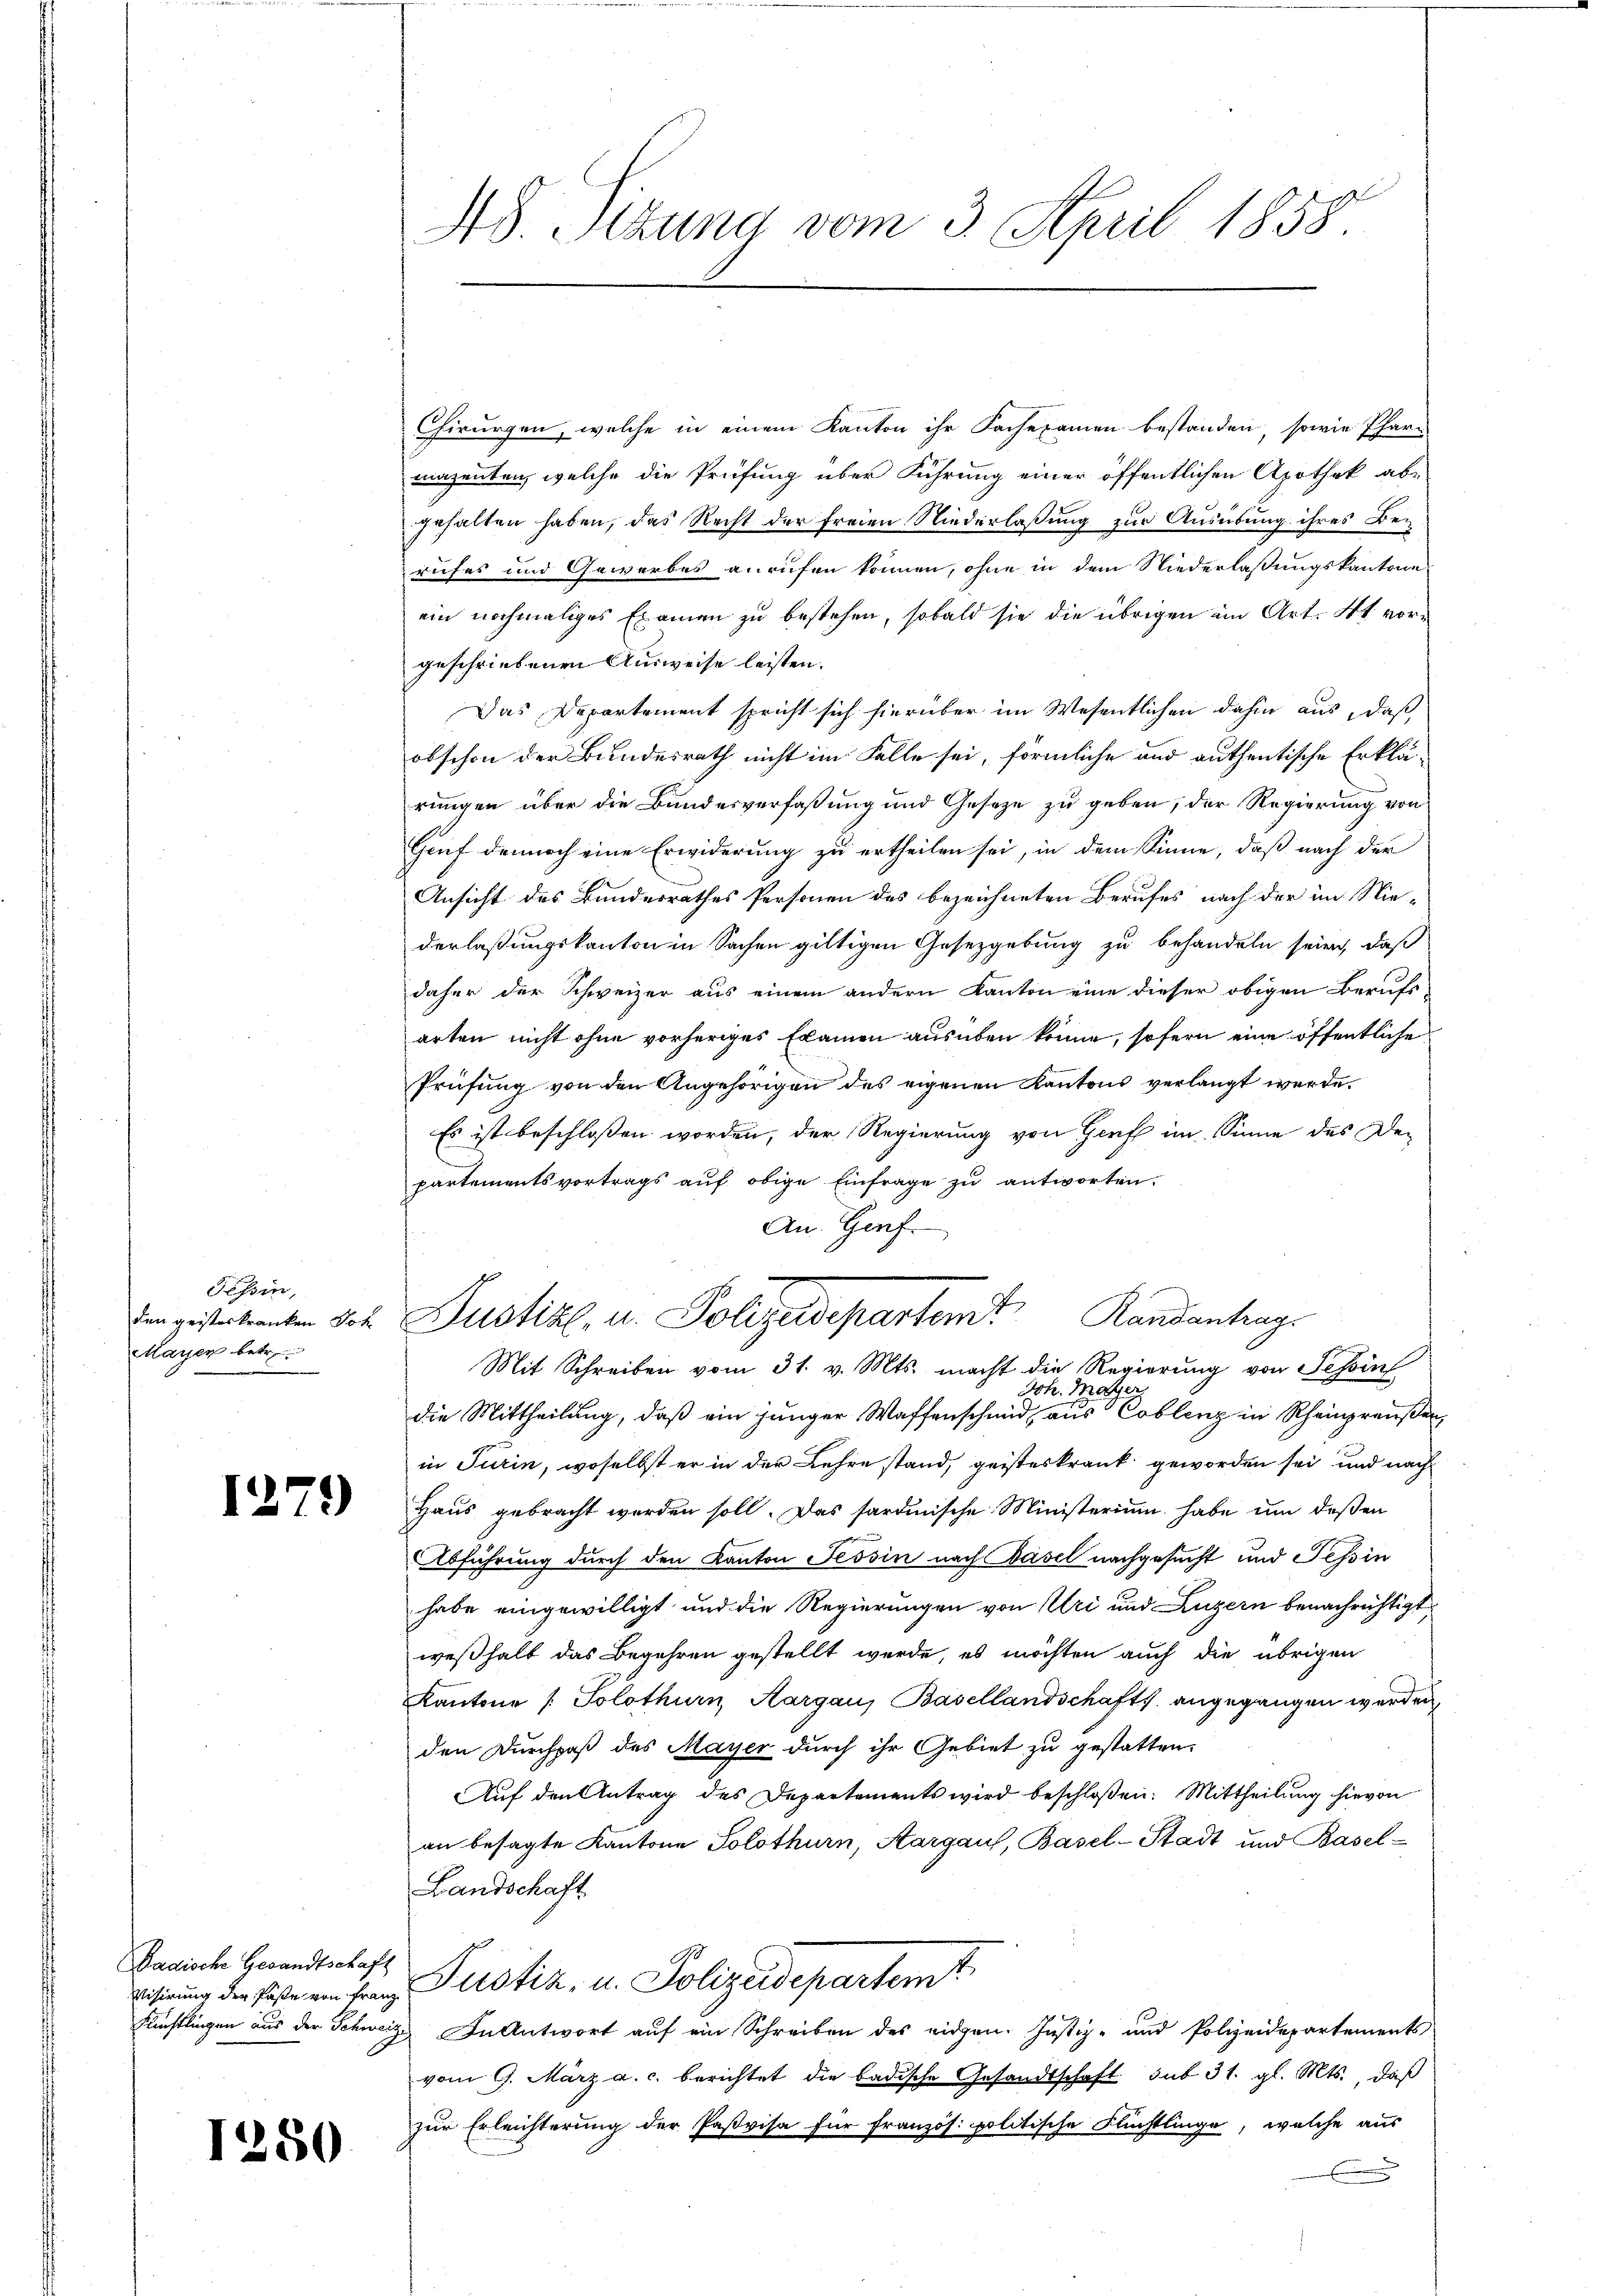
Tessin,
Mayer betr.

I.

12

179)

Badische Gesandtschaft

50

Chirurgen, welche in einem Kanton ihr Sachexamen bestanden, sowie Phar-
mazenten, welche die Prüfung über Führung einer öffentlichen Apothek abe
gehalten haben, das Recht der freien Niederlaßung zur Ausübung ihres Berufes und Gewerbes anrufen können, ohne in dem Niederlaßungskantone
ein nochmaliges Examen zu bestehen, sobald sie die übrigen im Art. 4t. vorgeschriebenen Ausweise leisten.
Das Departement spricht sich hierüber im Wesentlichen dahin aus, daß
obschon der Bundesrath nicht im Falle sei, förmliche und authentische Erklä-
rungen über die Bundesverfaßung und Gesetze zu geben, der Regierung von
Gruf dennoch eine Erwiderung zu ertheilen sei, in dem Sinne, daß nach der
Ansicht des Bundesrathes Personen des bezeichneten Berufes nach der im Niederlaßungskanton in Sachen giltigen Gesetzgebung zu behandeln seien, daß
daher der Schweizer aus einem andern Kanton eine dieser obigen Berufs
arten nicht ohne vorheriges Examen ausüben könne, sofern eine öffentliche
Prüfung von den Angehörigen des eigenen Kantons verlangt werde.
Es ist beschlossen worden, der Regierung von Genf im Sinne des De-
partementsvortrags auf obige Einfrage zu antworten.
An. Genf.

45. Sitzung vom 3. April 1858.

Ein gestetenten Joh. Justiz, u. Polizeidepartem Randantrags

Mit Schreiben vom 31. v. Mts. macht die Regierung von Schin
Ich. Mater
die Mittheilung, daß ein junger Waffenschmid, aus Coblenz in Rheinpreußen,
in Turin, woselbst er in der Lehre stand, geisteskrank geworden sei, und nach
Haus gebracht werden soll. Das sardinische Ministerium habe um deßen
Abführung durch den Kanton Tessin nach Basel nachgesucht und Tessin
habe eingewilligt und die Regierungen von Uri und Luzern benachrichtigt,
weßhalb das Begehren gestellt werde, es möchten auch die übrigen
Kantone / Solothurn, Aargau, Basellandschafts angegangen werden,
den Durchpaß des Mayer durch ihr Gebiet zu gestatten,
Auf den Antrag des Departements wird beschloßen: Mittheilung hievon
an besagte Kantone Solothurn, Aargau, Basel-Stadt und Basel-
Landschaft.
Wisirung der Feste ein Franz Pustiz- u. Polizeidepartemt
Flüchtlingen aus der Schweiz. In Antwort auf ein Schreiben des eidgen. Justiz- und Polizeidepartements
vom 9. März a. c. berichtet die badische Gesandtschaft sub 31. gl. Mts., daß
zur Erleichterung der Paßvisa für Französ. politische Flüchtlinge, welche aus